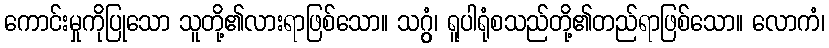
ကောင်းမှုကိုပြုသော သူတို့၏လားရာဖြစ်သော။ သဂ္ဂွံ၊ ရူပါရုံစသည်တို့၏တည်ရာဖြစ်သော။ လောကံ၊